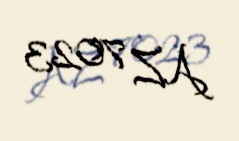
AZ 7023